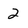
Character: 2